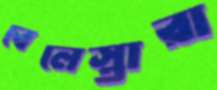
বেলেস্তারা